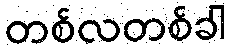
တစ်လတစ်ခါ